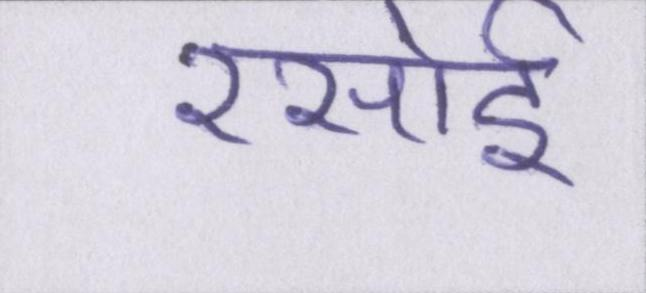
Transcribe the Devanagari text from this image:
रसोई